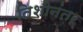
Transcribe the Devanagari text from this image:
तिशीनंतर